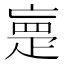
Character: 𰣡